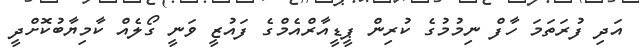
އަދި ފުރަަތަމަ ހާފް ނިމުމުގެ ކުރިން ޕީޑީއާރްއެމްގެ ފައުޒީ ވަނީ ގޯލެއް ކާމިޔާބުކޮށްދީ